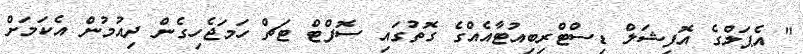
" އެޕަލްގެ އޮފިޝަލް ޑިސްޓްރިބިއުޓާއެއްގެ ގޮތުގައި ސޮފްޓް ޓަޗް ހަމަޖެހިގެން ދިއުމުން އެކަމަށް